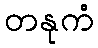
တနုကံ